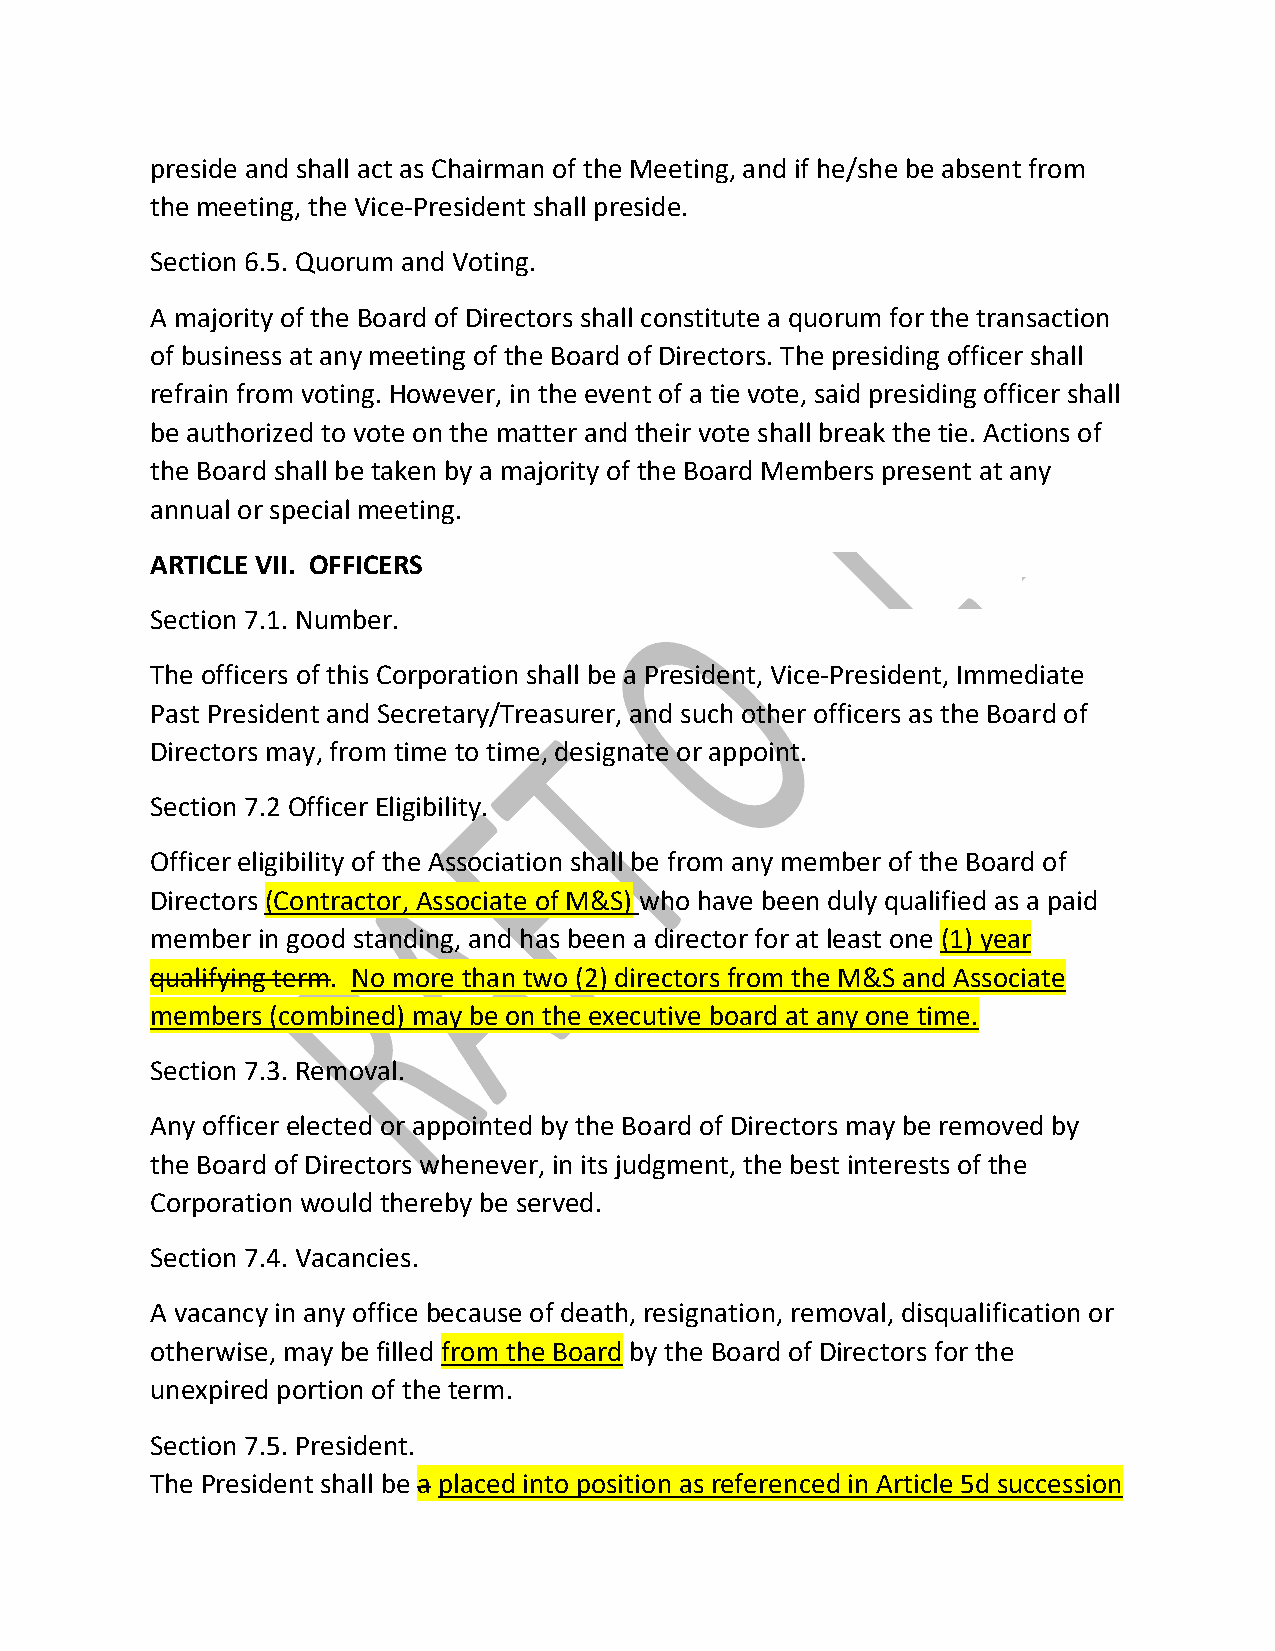
preside and shall act as Chairman of the Meeting, and if he/she be absent from
 the meeting, the Vice‐President shall preside.
 Section 6.5. Quorum and Voting.
 A majority of the Board of Directors shall constitute a quorum for the transaction
 of business at any meeting of the Board of Directors. The presiding officer shall
 refrain from voting. However, in the event of a tie vote, said presiding officer shall
 be authorized to vote on the matter and their vote shall break the tie. Actions of
 the Board shall be taken by a majority of the Board Members present at any
 annual or special meeting.
 ARTICLE VII. OFFICERS
 Section 7.1. Number.
 The officers of this Corporation shall be a President, Vice‐President, Immediate
 Past President and Secretary/Treasurer, and such other officers as the Board of
 Directors may, from time to time, designate or appoint.
 Section 7.2 Officer Eligibility.
 Officer eligibility of the Association shall be from any member of the Board of
 Directors (Contractor, Associate of M&S) who have been duly qualified as a paid
 member in good standing, and has been a director for at least one (1) year
 qualifying term. No more than two (2) directors from the M&S and Associate
 members (combined) may be on the executive board at any one time.
 Section 7.3. Removal.
 Any officer elected or appointed by the Board of Directors may be removed by
 the Board of Directors whenever, in its judgment, the best interests of the
 Corporation would thereby be served.
 Section 7.4. Vacancies.
 A vacancy in any office because of death, resignation, removal, disqualification or
 otherwise, may be filled from the Board by the Board of Directors for the
 unexpired portion of the term.
 Section 7.5. President.
 The President shall be a placed into position as referenced in Article 5d succession